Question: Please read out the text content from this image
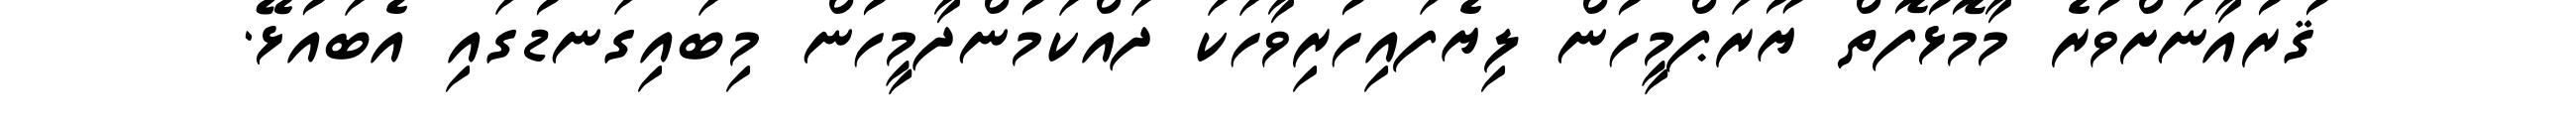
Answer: ޤުރުއާނަށްވުރެ މާމޮޅުފޮތް ޔޫރަޕްމީހުން ލިޔެފައިހުރިވާހަކަ ދައްކަމުންދާމީހުން މިބައިގަނޑުގައި އެބައުޅޭ.